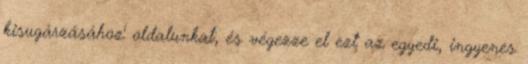
kisugárzásához' oldalunkat, és végezze el ezt az egyedi, ingyenes